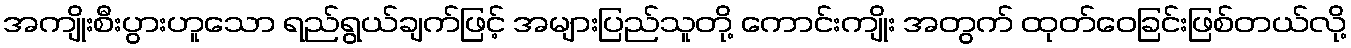
အကျိုးစီးပွားဟူသော ရည်ရွယ်ချက်ဖြင့် အများပြည်သူတို့ ကောင်းကျိုး အတွက် ထုတ်ဝေခြင်းဖြစ်တယ်လို့